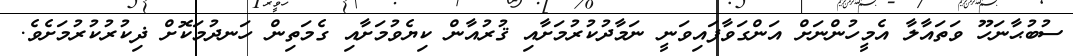
ސުބުޙާނަހޫ ވަތައާލާ އެމީހުންނަށް އަންގަވާފައިވަނީ ނަމާދުކުރުމަށާއި ޤުރުއާން ކިޔެވުމަށާއި ގެމަތިން ހަނދުމަކޮށް ޛިކުރުކުރުމަށެވެ.